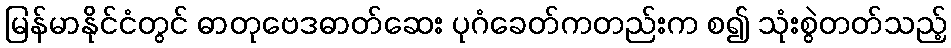
မြန်မာနိုင်ငံတွင် ဓာတုဗေဒဓာတ်ဆေး ပုဂံခေတ်ကတည်းက စ၍ သုံးစွဲတတ်သည့်